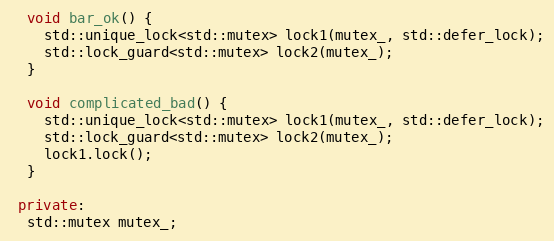
Language: C++
  void bar_ok() {
    std::unique_lock<std::mutex> lock1(mutex_, std::defer_lock);
    std::lock_guard<std::mutex> lock2(mutex_);
  }

  void complicated_bad() {
    std::unique_lock<std::mutex> lock1(mutex_, std::defer_lock);
    std::lock_guard<std::mutex> lock2(mutex_);
    lock1.lock();
  }

 private:
  std::mutex mutex_;